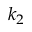
k _ { 2 }